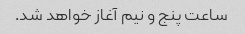
ساعت پنج و نیم آغاز خواهد شد.